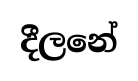
දීලනේ